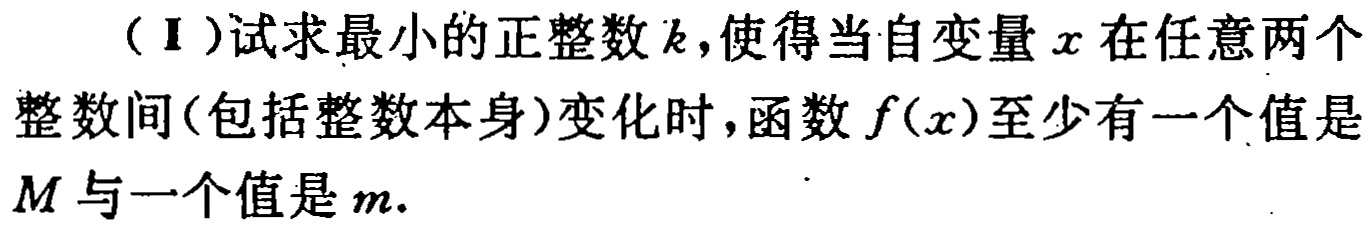
（Ⅰ）试求最小的正整数\(k\)，使得当自变量\(x\)在任意两个整数间（包括整数本身）变化时，函数\(f(x)\)至少有一个值是\(M\)与一个值是\(m\).